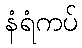
နံရံကပ်